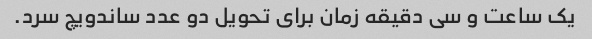
یک ساعت و سی دقیقه زمان برای تحویل دو عدد ساندویچ سرد.